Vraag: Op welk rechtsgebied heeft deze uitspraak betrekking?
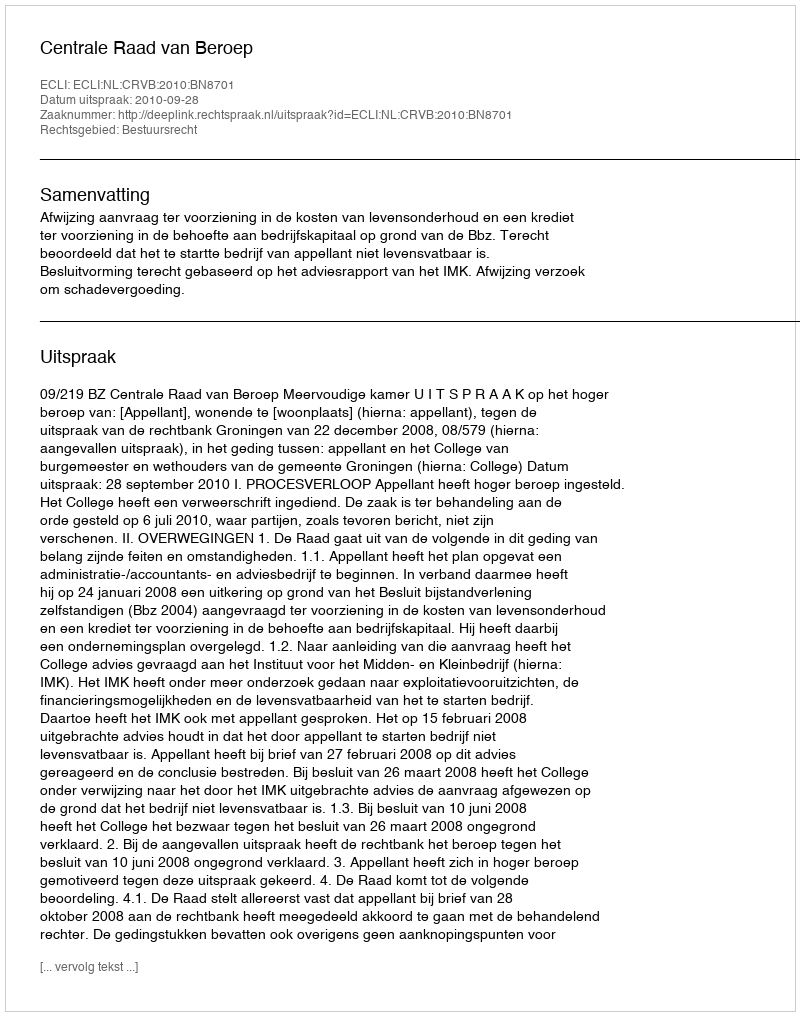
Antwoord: Bestuursrecht